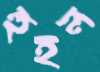
হুইল